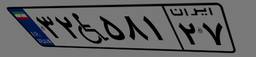
۳۲W۵۸۱۲۷